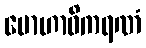
မောဟာဓိကရဏံ